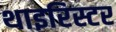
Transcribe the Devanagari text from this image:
थाइरिस्टर